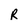
Character: R